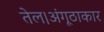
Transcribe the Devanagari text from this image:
तेल।अंगूठाकार